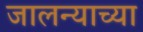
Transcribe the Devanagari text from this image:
जालन्याच्या